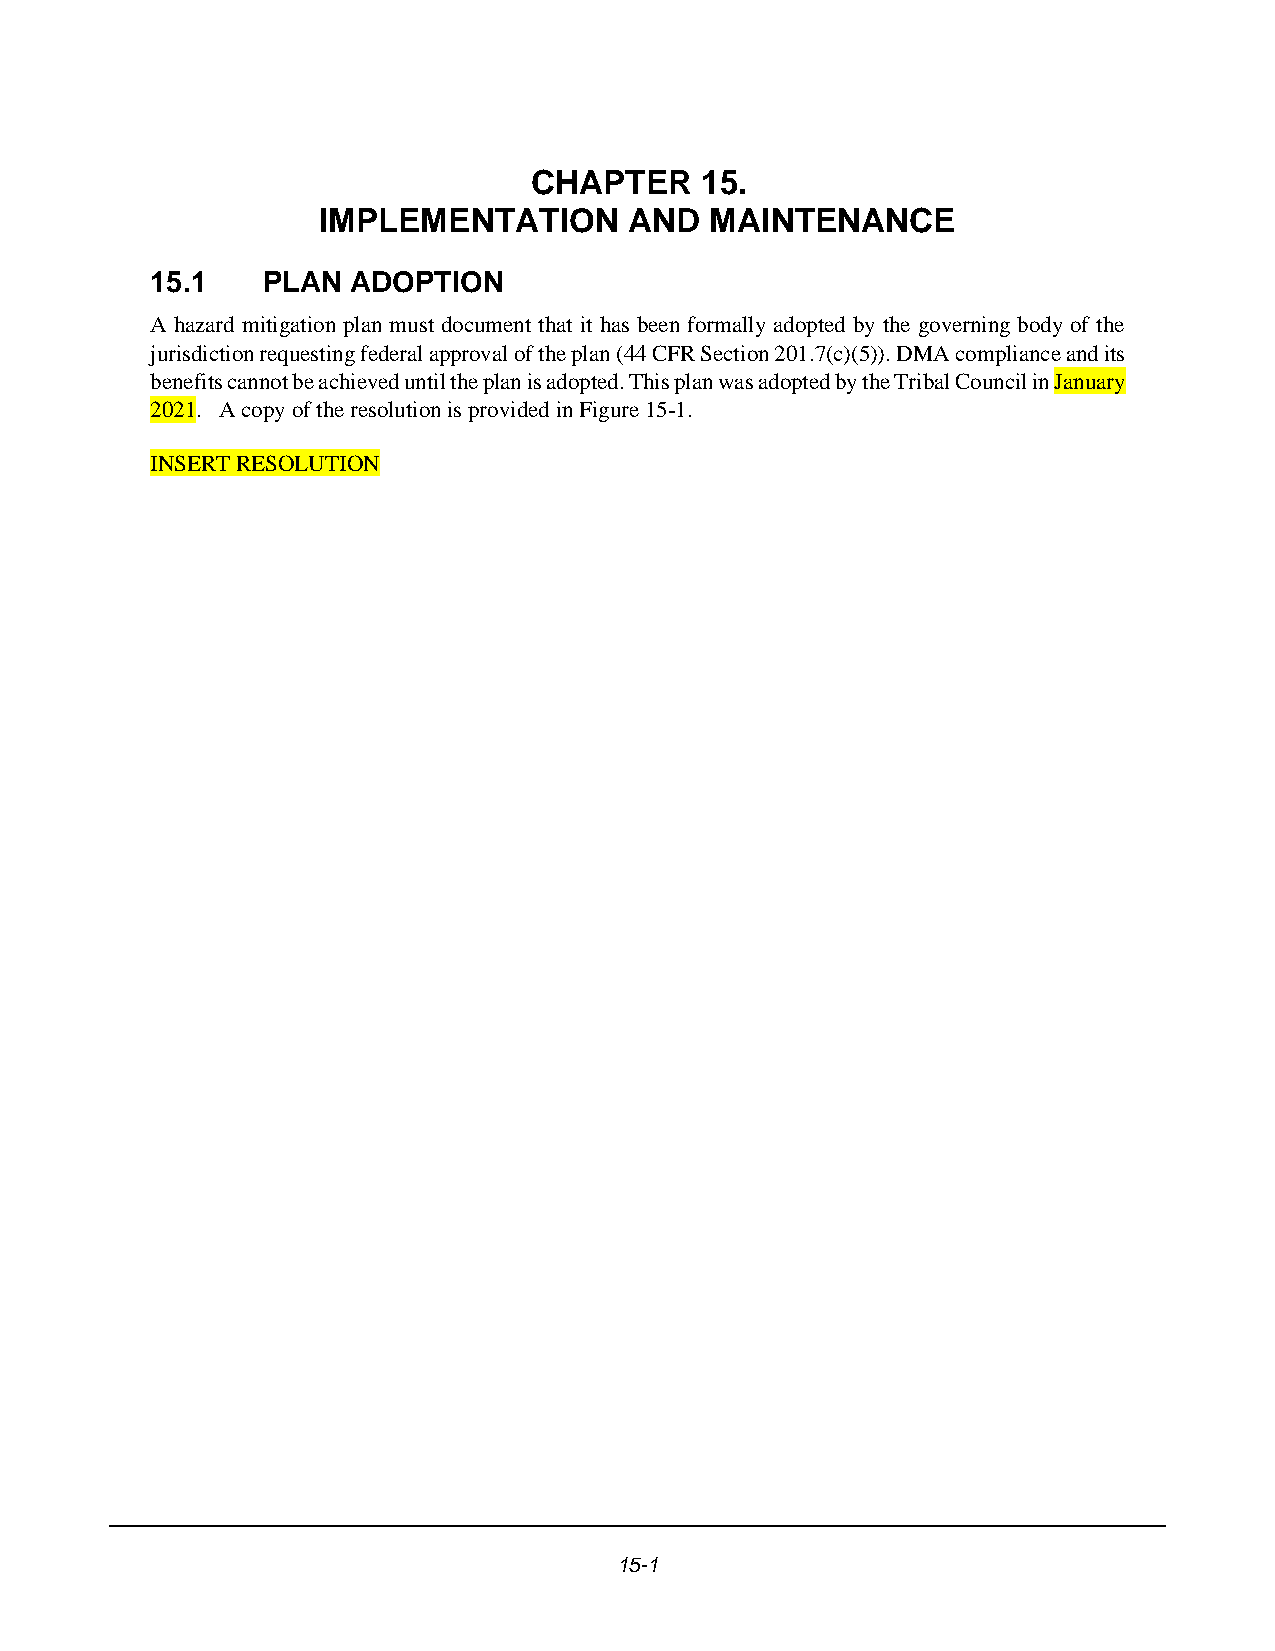
CHAPTER    15.
 IMPLEMENTATION       AND  MAINTENANCE
 15.1   PLAN  ADOPTION
 A hazard mitigation plan must document that it has been formally adopted by the governing body of the
 jurisdiction requesting federal approval of the plan (44 CFR Section 201.7(c)(5)). DMA compliance and its
 benefits cannot be achieved until the plan is adopted. This plan was adopted by the Tribal Council in January
 2021. A copy of the resolution is provided in Figure 15-1.
 INSERT RESOLUTION
 15-1